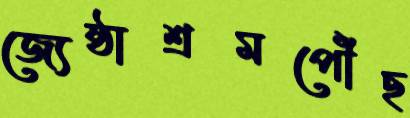
জ্যেষ্ঠাশ্রমপৌঁছ